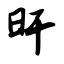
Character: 旰